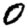
Digit: 0